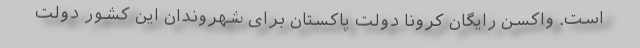
است. واکسن رایگان کرونا دولت پاکستان برای شهروندان این کشور دولت